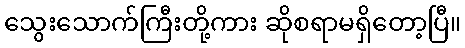
သွေးသောက်ကြီးတို့ကား ဆိုစရာမရှိတော့ပြီ။